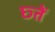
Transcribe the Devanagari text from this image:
छ्तें